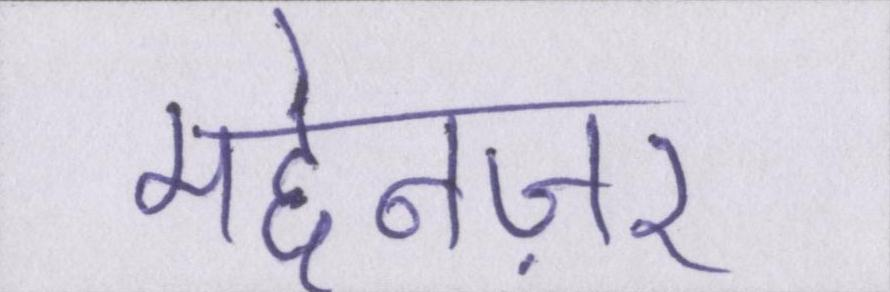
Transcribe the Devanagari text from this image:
मद्देनज़र